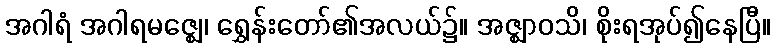
အဂါရံ အဂါရမဇ္ဈေ၊ ရွှေန်းတော်၏အလယ်၌။ အဇ္ဈာဝသိ၊ စိုးရအုပ်၍နေပြီ။